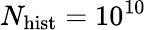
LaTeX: N_{\mathrm{hist}}=10^{10}